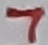
Text: 7